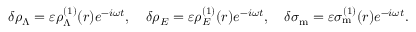
\begin{array} { r } { \delta \rho _ { \Lambda } = \varepsilon \rho _ { \Lambda } ^ { ( 1 ) } ( r ) e ^ { - i \omega t } , \quad \delta \rho _ { E } = \varepsilon \rho _ { E } ^ { ( 1 ) } ( r ) e ^ { - i \omega t } , \quad \delta \sigma _ { \mathrm { m } } = \varepsilon \sigma _ { \mathrm { m } } ^ { ( 1 ) } ( r ) e ^ { - i \omega t } . } \end{array}